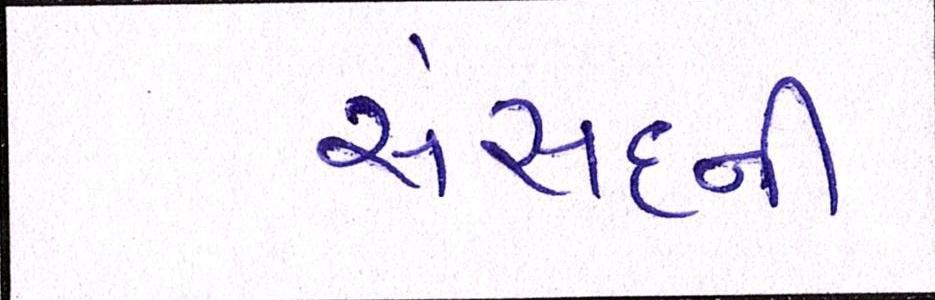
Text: સંસદની